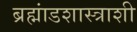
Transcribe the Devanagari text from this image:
ब्रह्मांडशास्त्राशी